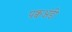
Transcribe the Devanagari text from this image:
पक्वअंडी